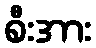
စီးအား